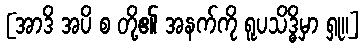
[အာဒိ အပိ စ တို့၏ အနက်ကို ရူပသိဒ္ဓိမှာ ရှု။]